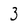
Character: 3